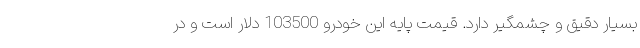
بسیار دقیق و چشمگیر دارد. قیمت پایه این خودرو 103500 دلار است و در